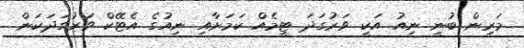
މަރިން ބުނީ ނިއު އަކީ ވަރުގަދަ ޓީމެއް ކަމަށާއި ނިއުގެ އެޓޭކް ވަރުގަދަކަން